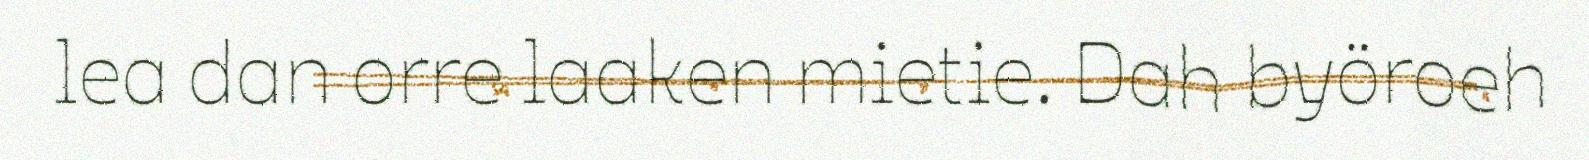
lea dan orre laaken mietie. Dah byöroeh